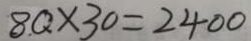
8 Q \times 3 0 = 2 4 0 0